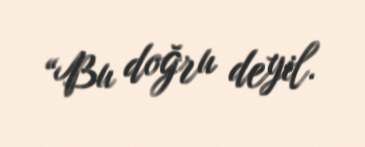
“Bu doğru deyil.